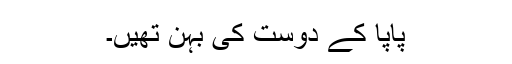
پاپا کے دوست کی بہن تھیں۔